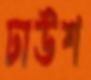
ঢাউশ